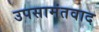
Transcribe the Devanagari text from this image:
उपसामंतवाद